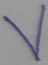
Text: V